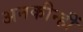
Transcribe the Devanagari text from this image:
अनकीन्‍हीं